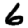
Digit: 6